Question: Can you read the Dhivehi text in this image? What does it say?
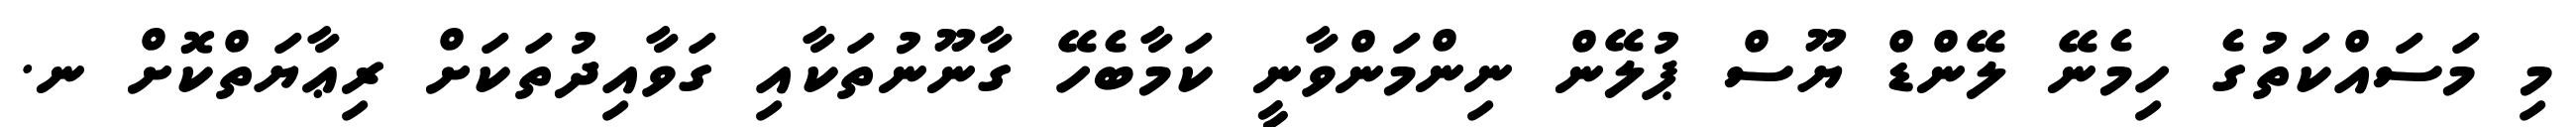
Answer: މި މަސައްކަތުގެ ހިމެނޭ ލޭންޑް ޔޫސް ޕުލޭން ނިންމަންވާނީ ކަމާބެހޭ ގާނޫނުތަކާއި ގަވާއިދުތަކަށް ރިޢާޔަތްކޮށް ނ.